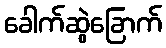
ခေါက်ဆွဲခြောက်